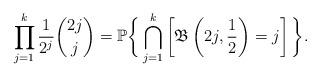
LaTeX: \begin{align*}\prod_{j=1}^{k}\frac{1}{2^j}\binom{2j}{j}= \mathbb{P}\bigg\{\bigcap_{j=1}^k\left[\mathfrak{B}\left(2j, \frac{1}{2}\right)=j\right]\bigg\}.\end{align*}